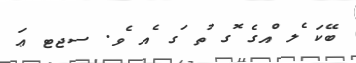
ބޭކަ ެލ ްއގެ ޮގ ުތ ަގ ެއ ެވ. ސޖޓ ޢަ